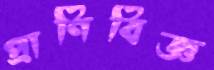
প্রাণিবিজ্ঞ